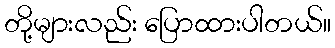
တို့များလည်း ပြောထားပါတယ်။